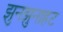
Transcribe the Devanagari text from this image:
झुनझुनाहट